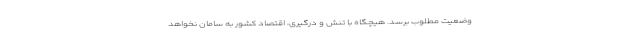
وضعیت مطلوب برسد. هیچگاه با تنش و درگیری، اقتصاد کشور به سامان نخواهد